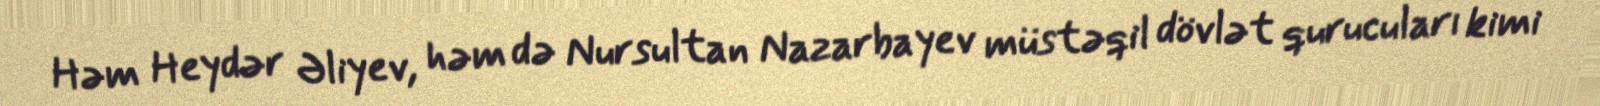
Həm Heydər Əliyev, həm də Nursultan Nazarbayev müstəqil dövlət qurucuları kimi